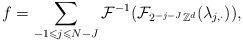
LaTeX: \begin{align*} f = \sum_{- 1 \leqslant j \leqslant N - J} \mathcal{F}^{- 1} (\mathcal{F}_{2^{- j - J} \mathbb{Z}^d} (\lambda_{j, \cdot})), \end{align*}